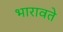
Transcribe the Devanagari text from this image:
भारावते